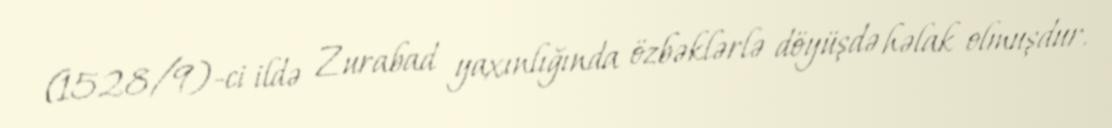
(1528/9)-ci ildə Zurabad yaxınlığında özbəklərlə döyüşdə həlak olmuşdur.